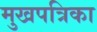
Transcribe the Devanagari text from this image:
मुखपत्रिका